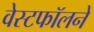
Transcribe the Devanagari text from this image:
वेस्टफॉलने